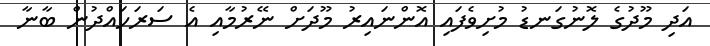
އަދި މޫދުގެ ލޮނުގަނޑު މުށިވެފައި އޮންނައިރު މޫދަށް ނޭރުމާއި އެ ސަރަހައްދުން ބާނާ